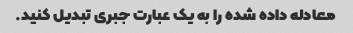
معادله داده شده را به یک عبارت جبری تبدیل کنید.